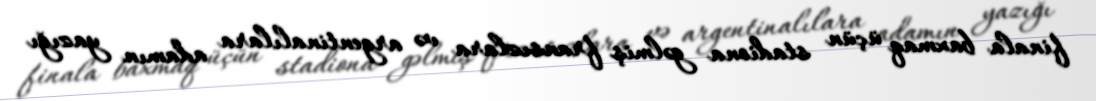
finala baxmaq üçün stadiona gəlmiş fransızlara və argentinalılara adamın yazığı